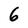
Character: 6